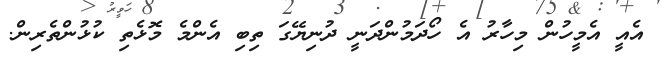
އެއީ އެމީހުން މިހާރު އެ ހޯދަމުންދަނީ ދުނިޔޭގަ ތިބި އެންމެ މޮޅެތި ކުޅުންތެރިން.